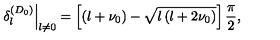
\left. \delta _ { l } ^ { ( D _ { 0 } ) } \right| _ { l \neq 0 } = \left[ \left( l + \nu _ { 0 } \right) - \sqrt { l \left( l + 2 \nu _ { 0 } \right) } \right] \frac { \pi } { 2 } ,